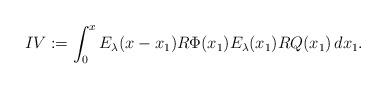
LaTeX: \begin{align*}IV := \int_0^x E_\lambda(x-x_1)R \Phi(x_1) E_\lambda(x_1)RQ(x_1)\,dx_1 .\end{align*}